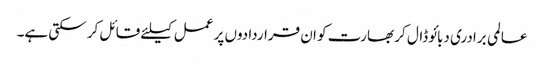
عالمی برادری دبائو ڈال کر بھارت کو ان قراردادوں پر عمل کیلئے قائل کر سکتی ہے۔